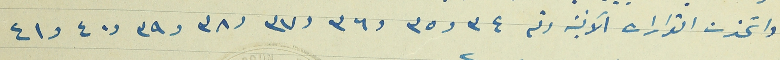
واتخذت القرارات الآتية رقم ٣٤ و٣٥ و٣٦ و٣٧ و٣٨ و٣٩ و٤٠ و٤١